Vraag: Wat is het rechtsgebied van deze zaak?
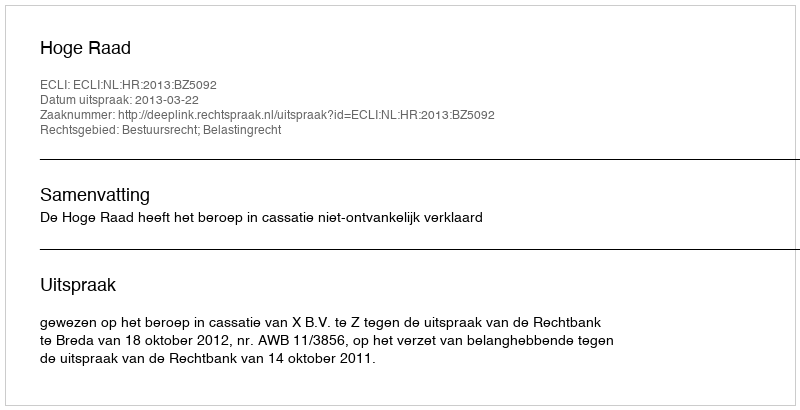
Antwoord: Bestuursrecht; Belastingrecht